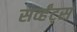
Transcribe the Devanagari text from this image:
सर्व्हंट्स